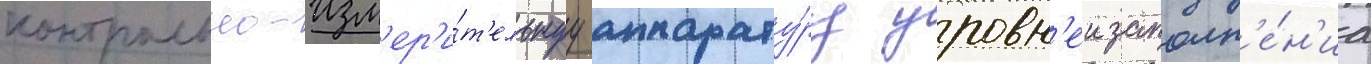
контрольно-изм'ер'и́т'ельнуу аппарату́ру уровн'еи заполн'е́н'иа